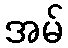
အမ်